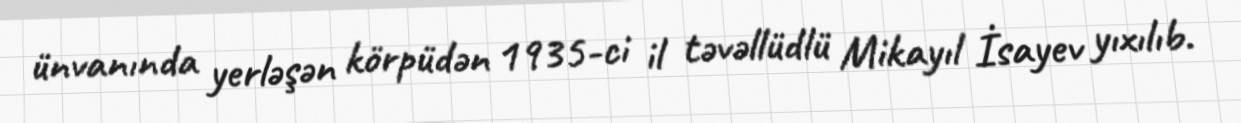
ünvanında yerləşən körpüdən 1935-ci il təvəllüdlü Mikayıl İsayev yıxılıb.